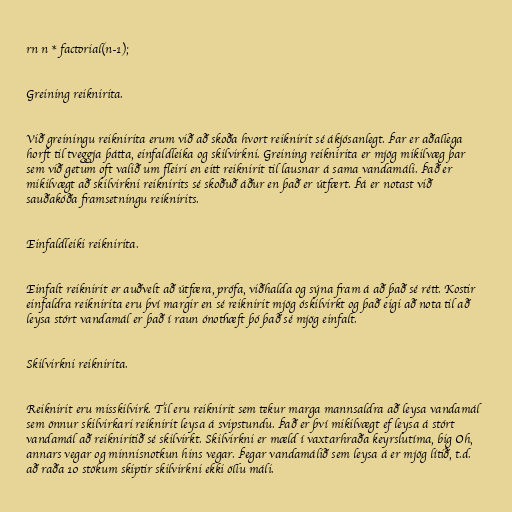
rn n * factorial(n-1);

Greining reiknirita.

Við greiningu reiknirita erum við að skoða hvort reiknirit sé ákjósanlegt. Þar er aðallega
horft til tveggja þátta, einfaldleika og skilvirkni. Greining reiknirita er mjög mikilvæg þar
sem við getum oft valið um fleiri en eitt reiknirit til lausnar á sama vandamáli. Það er
mikilvægt að skilvirkni reiknirits sé skoðuð áður en það er útfært. Þá er notast við
sauðakóða framsetningu reiknirits.

Einfaldleiki reiknirita.

Einfalt reiknirit er auðvelt að útfæra, prófa, viðhalda og sýna fram á að það sé rétt. Kostir
einfaldra reiknirita eru því margir en sé reiknirit mjög óskilvirkt og það eigi að nota til að
leysa stórt vandamál er það í raun ónothæft þó það sé mjög einfalt.

Skilvirkni reiknirita.

Reiknirit eru misskilvirk. Til eru reiknirit sem tekur marga mannsaldra að leysa vandamál
sem önnur skilvirkari reiknirit leysa á svipstundu. Það er því mikilvægt ef leysa á stórt
vandamál að reikniritið sé skilvirkt. Skilvirkni er mæld í vaxtarhraða keyrslutíma, big Oh,
annars vegar og minnisnotkun hins vegar. Þegar vandamálið sem leysa á er mjög lítið, t.d.
að raða 10 stökum skiptir skilvirkni ekki öllu máli.